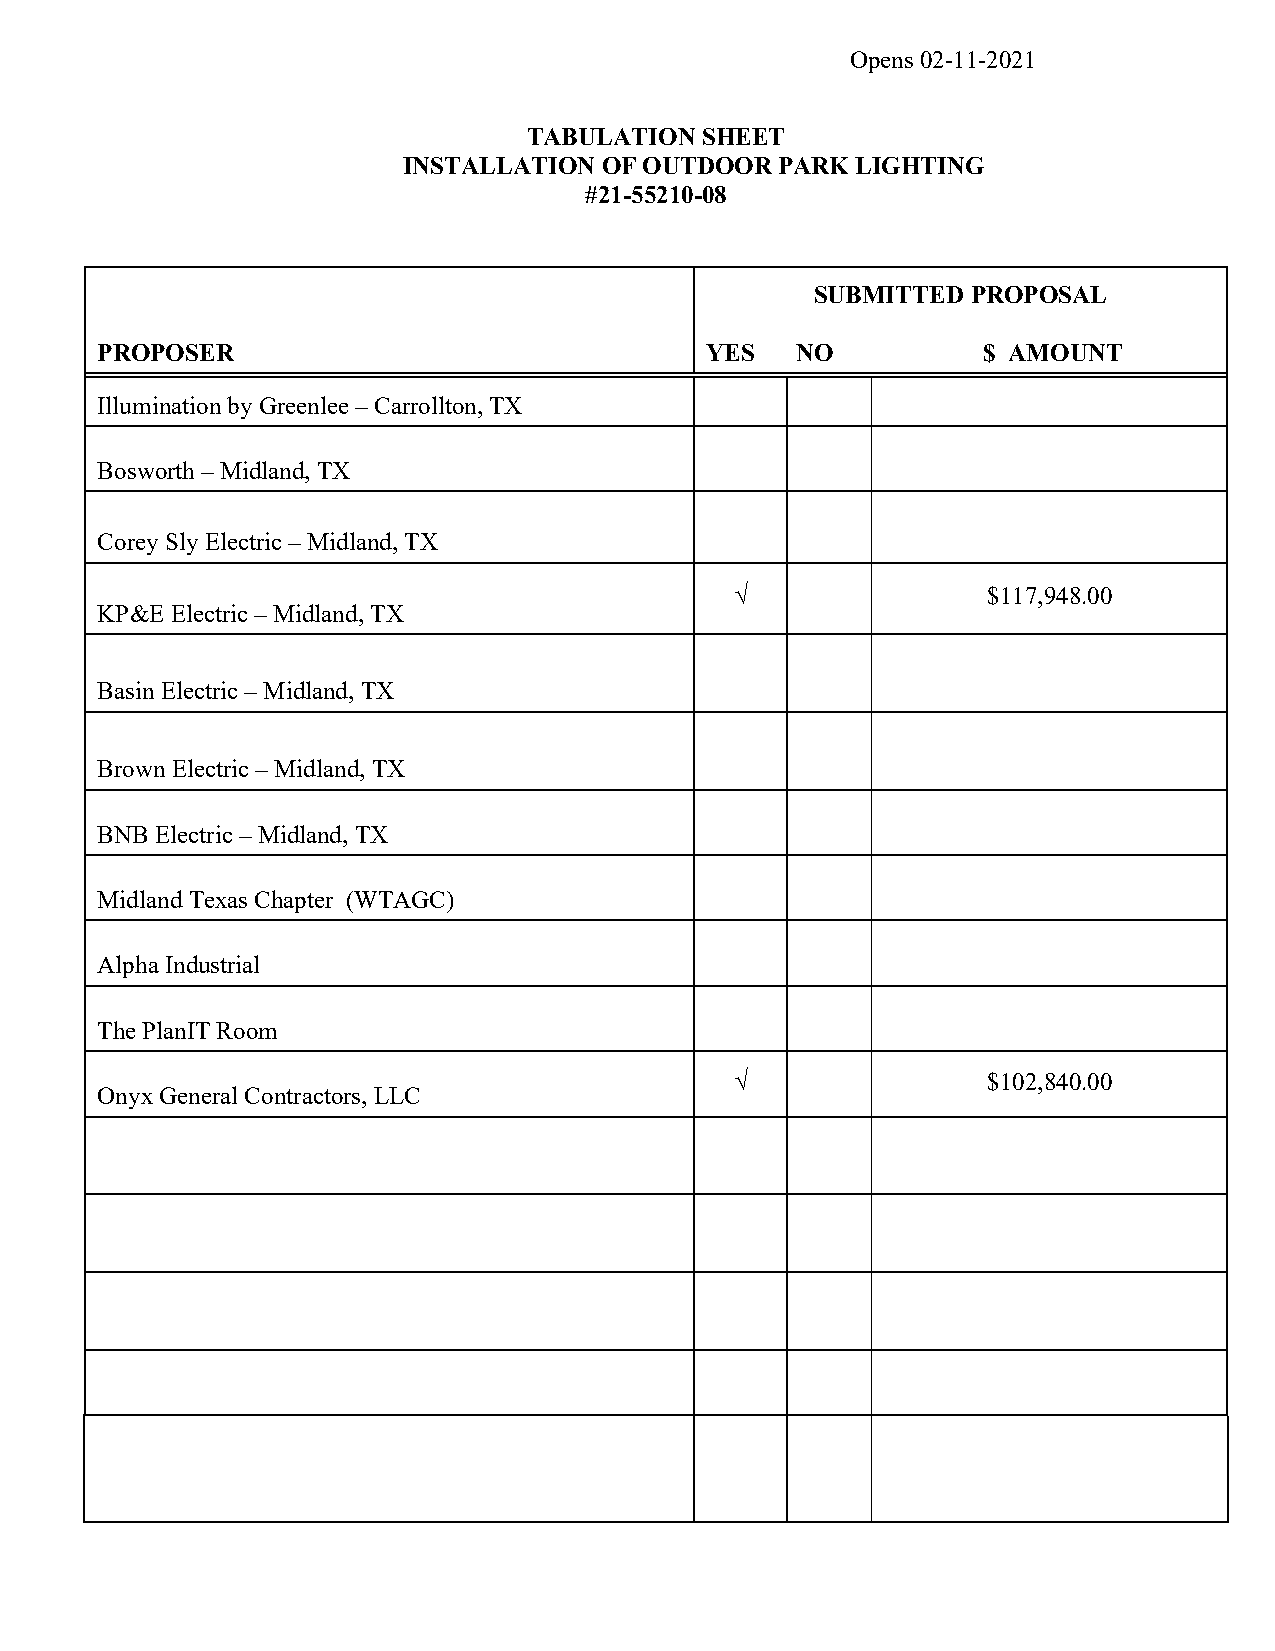
Opens 02-11-2021
 TABULATION SHEET
 INSTALLATION OF OUTDOOR PARK  LIGHTING
 #21-55210-08
 SUBMITTED PROPOSAL
 PROPOSER                                 YES   NO          $ AMOUNT
 Illumination by Greenlee – Carrollton, TX
 Bosworth – Midland, TX
 Corey Sly Electric – Midland, TX
 √               $117,948.00
 KP&E Electric – Midland, TX
 Basin Electric – Midland, TX
 Brown Electric – Midland, TX
 BNB Electric – Midland, TX
 Midland Texas Chapter (WTAGC)
 Alpha Industrial
 The PlanIT Room
 √               $102,840.00
 Onyx General Contractors, LLC